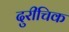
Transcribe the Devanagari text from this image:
दुरीचिक